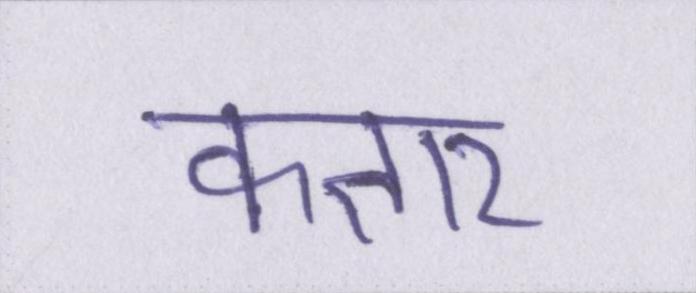
कतार